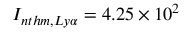
I _ { n t h m , L y \alpha } = 4 . 2 5 \times 1 0 ^ { 2 }